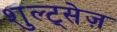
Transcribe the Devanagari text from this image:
शुल्ट्सेज़